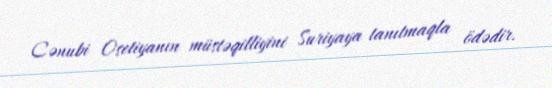
Cənubi Osetiyanın müstəqilliyini Suriyaya tanıtmaqla ödədir.